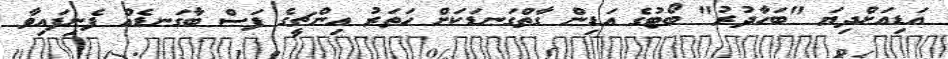
އަޑިއަށްދިޔަ "ބަހާދުރު" ބޯޓުގެ އަޑިން ގާތްގަނޑަކަށް ހަތަރު އިންޗީގެ ފަސް ބާގަނޑެއް ފެނިފައިވާ